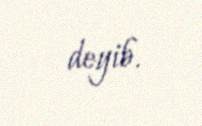
deyib.